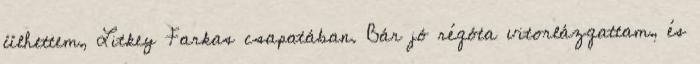
ülhettem, Litkey Farkas csapatában. Bár jó régóta vitorlázgattam, és